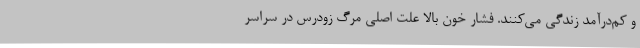
و کم‌درآمد زندگی می‌کنند. فشار خون بالا علت اصلی مرگ زودرس در سراسر